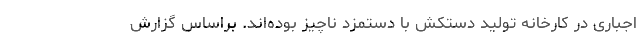
اجباری در کارخانه تولید دستکش با دستمزد ناچیز بوده‌اند. براساس گزارش